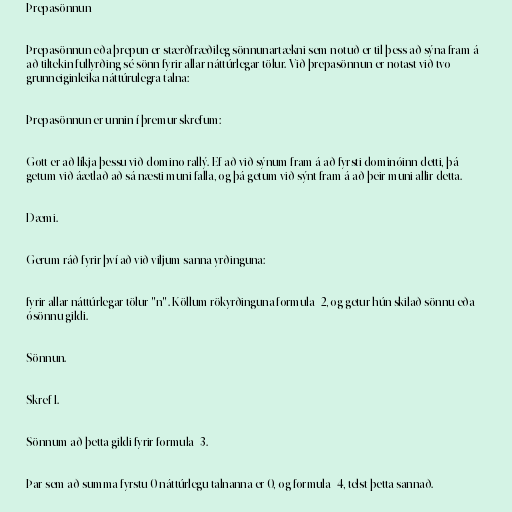
Þrepasönnun

Þrepasönnun eða þrepun er stærðfræðileg sönnunartækni sem notuð er til þess að sýna fram á
að tiltekin fullyrðing sé sönn fyrir allar náttúrlegar tölur. Við þrepasönnun er notast við tvo
grunneiginleika náttúrulegra talna:

Þrepasönnun er unnin í þremur skrefum:

Gott er að líkja þessu við domino rallý. Ef að við sýnum fram á að fyrsti dominóinn detti, þá
getum við áætlað að sá næsti muni falla, og þá getum við sýnt fram á að þeir muni allir detta.

Dæmi.

Gerum ráð fyrir því að við viljum sanna yrðinguna:

fyrir allar náttúrlegar tölur "n". Köllum rökyrðinguna formula_2, og getur hún skilað sönnu eða
ósönnu gildi.

Sönnun.

Skref 1.

Sönnum að þetta gildi fyrir formula_3.

Þar sem að summa fyrstu 0 náttúrlegu talnanna er 0, og formula_4, telst þetta sannað.